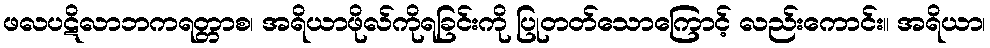
ဖလပဋိလာဘကရတ္တာစ၊ အရိယာဖိုလ်ကိုရခြင်းကို ပြုတတ်သောကြောင့် လည်းကောင်း။ အရိယာ၊